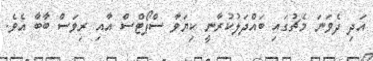
އަދި ދެވަނަ މެޗުގައި ބައްދަލުކުރާނީ ކިޔަވާ ސްޕޯޓްސް އާއި ރިވަސް ބާބާ އެވެ.